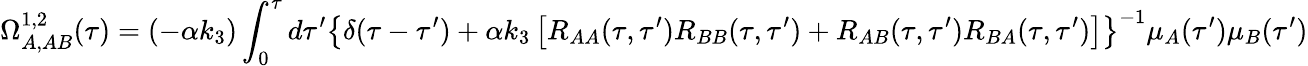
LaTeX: \Omega_{A,AB}^{1,2}(\tau)=(-\alpha k_{3})\int_{0}^{\tau}d\tau^{\prime}\left\{ \delta(\tau-\tau^{\prime})+\alpha k_{3}\left[R_{AA}(\tau,\tau^{\prime})R_{BB}(\tau,\tau^{\prime})+R_{AB}(\tau,\tau^{\prime})R_{BA}(\tau,\tau^{\prime})\right]\right\} ^{-1}\mu_{A}(\tau^{\prime})\mu_{B}(\tau^{\prime})